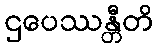
ဌပေဿန္တီတိ